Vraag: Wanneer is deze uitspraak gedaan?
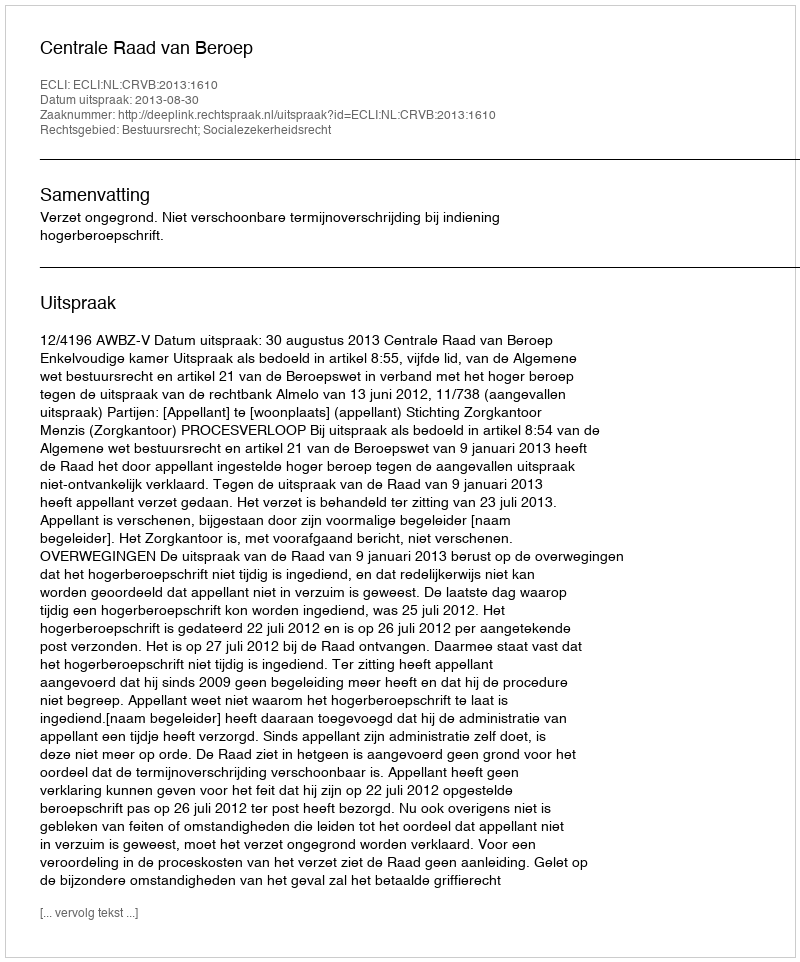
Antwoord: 2013-08-30